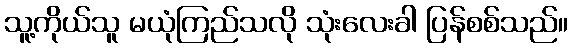
သူ့ကိုယ်သူ မယုံကြည်သလို သုံးလေးခါ ပြန်စစ်သည်။